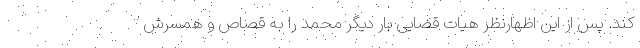
کند. پس از این اظهارنظر هیات قضایی بار دیگر محمد را به قصاص و همسرش